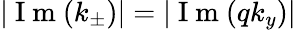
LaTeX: |\mathrm{~I~m~}(k_{\pm})|=|\mathrm{~I~m~}(qk_{y})|